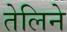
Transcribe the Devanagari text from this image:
तेलिने